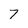
Character: 7